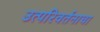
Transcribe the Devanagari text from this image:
उत्परिवर्तनाचा